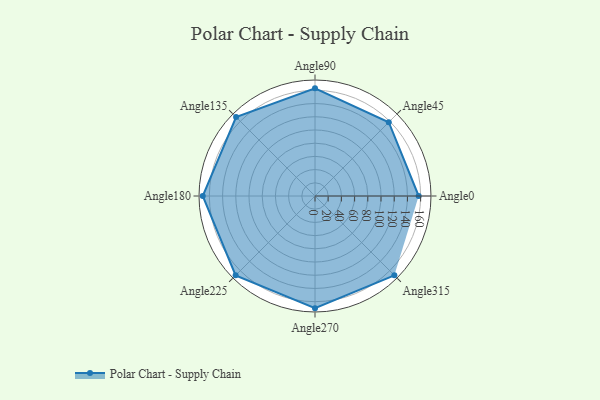
{"axis": {"x": "Angle", "y": "Radius"}, "legend": [""], "data": [{"x": "Angle0", "y": 157.0, "type": ""}, {"x": "Angle45", "y": 158.0, "type": ""}, {"x": "Angle90", "y": 163.0, "type": ""}, {"x": "Angle135", "y": 169.0, "type": ""}, {"x": "Angle180", "y": 170, "type": ""}, {"x": "Angle225", "y": 170, "type": ""}, {"x": "Angle270", "y": 170, "type": ""}, {"x": "Angle315", "y": 170, "type": ""}]}